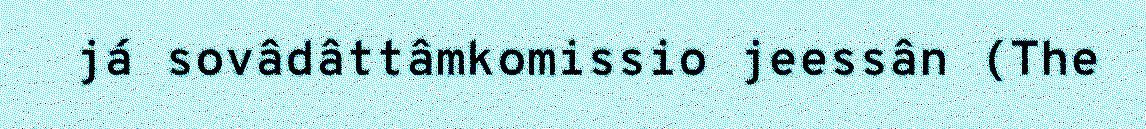
já sovâdâttâmkomissio jeessân (The